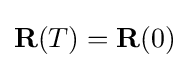
\mathbf {R} (T)=\mathbf {R} (0)